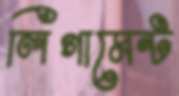
লিগামেন্ট